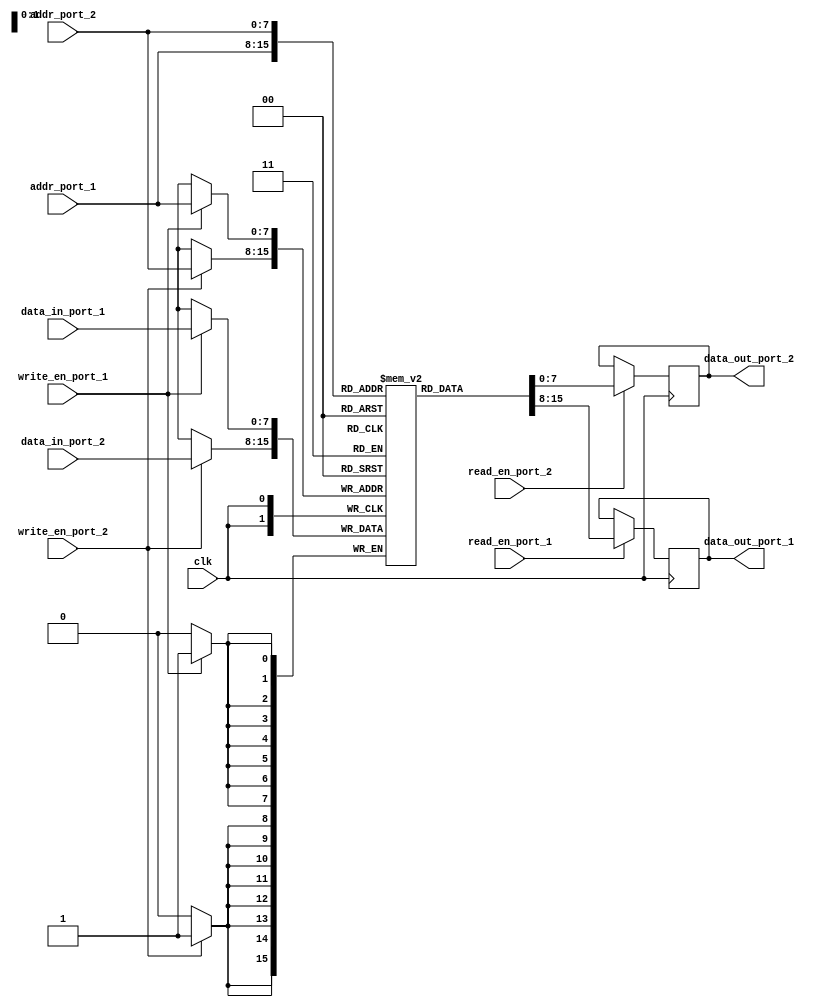
module dual_port_ram (
    input clk,
    input [7:0] addr_port_1,
    input [7:0] addr_port_2,
    input [7:0] data_in_port_1,
    input [7:0] data_in_port_2,
    input write_en_port_1,
    input write_en_port_2,
    input read_en_port_1,
    input read_en_port_2,
    output reg [7:0] data_out_port_1,
    output reg [7:0] data_out_port_2
);

reg [7:0] ram [0:255];

always @ (posedge clk) begin
    if(write_en_port_1) begin
        ram[addr_port_1] <= data_in_port_1;
    end
    if(write_en_port_2) begin
        ram[addr_port_2] <= data_in_port_2;
    end
    if(read_en_port_1) begin
        data_out_port_1 <= ram[addr_port_1];
    end
    if(read_en_port_2) begin
        data_out_port_2 <= ram[addr_port_2];
    end
end

endmodule